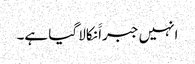
انہیں جبراََ نکالا گیا ہے۔